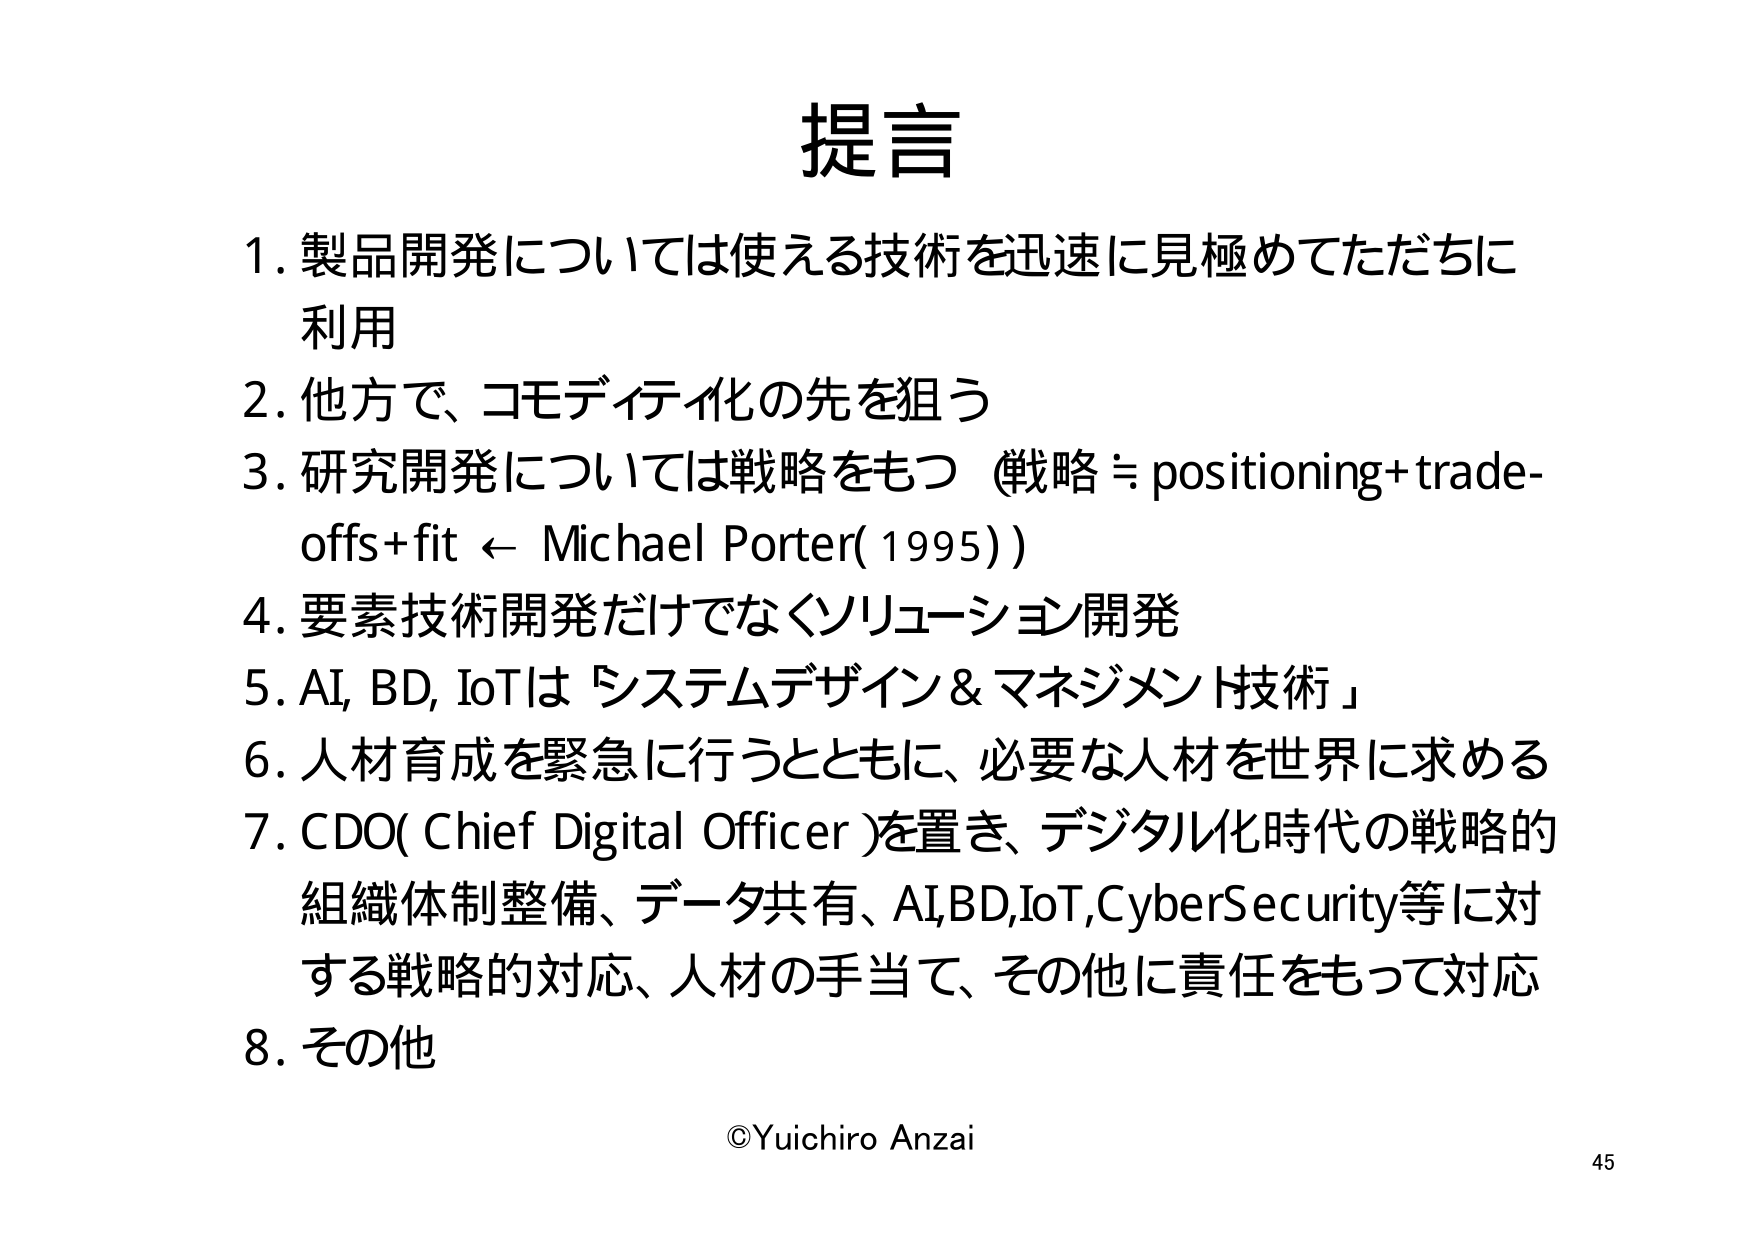
提言

1. 製品開発については使える技術を迅速に見極めてただちに利用
2. 他方で、コモディティ化の先を狙う
3. 研究開発については戦略をもつ（戦略 ≒ positioning+trade-offs+fit ← Michael Porter(1995)）
4. 要素技術開発だけでなくソリューション開発
5. AI, BD, IoTは「システムデザイン＆マネジメント技術」
6. 人材育成を緊急に行うとともに、必要な人材を世界に求める
7. CDO( Chief Digital Officer )を置き、デジタル化時代の戦略的組織体制整備、データ共有、AI,BD,IoT,CyberSecurity等に対する戦略的対応、人材の手当て、その他に責任をもって対応
8. その他

©Yuichiro Anzai
45